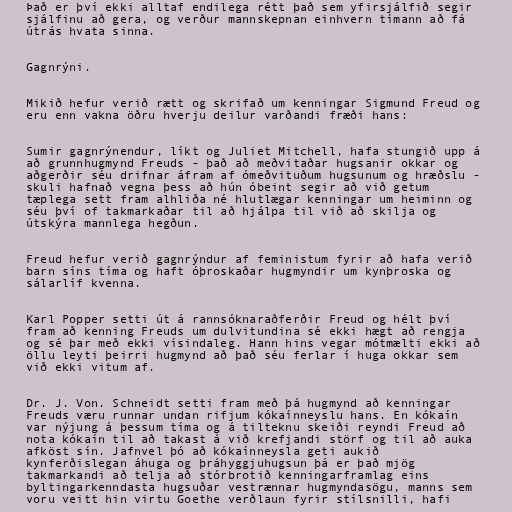
Það er því ekki alltaf endilega rétt það sem yfirsjálfið segir
sjálfinu að gera, og verður mannskepnan einhvern tímann að fá
útrás hvata sinna.

Gagnrýni.

Mikið hefur verið rætt og skrifað um kenningar Sigmund Freud og
eru enn vakna öðru hverju deilur varðandi fræði hans:

Sumir gagnrýnendur, líkt og Juliet Mitchell, hafa stungið upp á
að grunnhugmynd Freuds - það að meðvitaðar hugsanir okkar og
aðgerðir séu drifnar áfram af ómeðvituðum hugsunum og hræðslu -
skuli hafnað vegna þess að hún óbeint segir að við getum
tæplega sett fram alhliða né hlutlægar kenningar um heiminn og
séu því of takmarkaðar til að hjálpa til við að skilja og
útskýra mannlega hegðun.

Freud hefur verið gagnrýndur af feministum fyrir að hafa verið
barn síns tíma og haft óþroskaðar hugmyndir um kynþroska og
sálarlíf kvenna.

Karl Popper setti út á rannsóknaraðferðir Freud og hélt því
fram að kenning Freuds um dulvitundina sé ekki hægt að rengja
og sé þar með ekki vísindaleg. Hann hins vegar mótmælti ekki að
öllu leyti þeirri hugmynd að það séu ferlar í huga okkar sem
við ekki vitum af.

Dr. J. Von. Schneidt setti fram með þá hugmynd að kenningar
Freuds væru runnar undan rifjum kókaínneyslu hans. En kókaín
var nýjung á þessum tíma og á tilteknu skeiði reyndi Freud að
nota kókaín til að takast á við krefjandi störf og til að auka
afköst sín. Jafnvel þó að kókaínneysla geti aukið
kynferðislegan áhuga og þráhyggjuhugsun þá er það mjög
takmarkandi að telja að stórbrotið kenningarframlag eins
byltingarkenndasta hugsuðar vestrænnar hugmyndasögu, manns sem
voru veitt hin virtu Goethe verðlaun fyrir stílsnilli, hafi